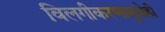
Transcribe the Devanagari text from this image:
विलगीकरणामुळेही